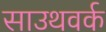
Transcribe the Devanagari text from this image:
साउथवर्क